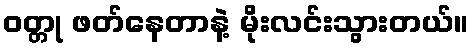
ဝတ္တု ဖတ်နေတာနဲ့ မိုးလင်းသွားတယ်။